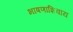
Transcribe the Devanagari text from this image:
भाषणाशिवाय